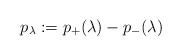
LaTeX: \begin{align*}p_\lambda:=p_+(\lambda)-p_-(\lambda)\end{align*}